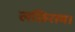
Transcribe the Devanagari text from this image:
लछिराम।